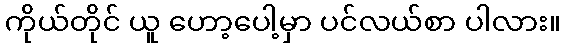
ကိုယ်တိုင် ယူ ဟော့ပေါ့မှာ ပင်လယ်စာ ပါလား။